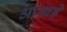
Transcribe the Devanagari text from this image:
आखड़े